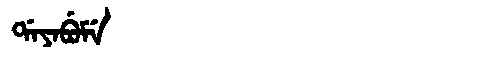
Manchu: ᡩᠠᠶᠠᠪᡠᠮᡝ
Romanization: DAYABUME